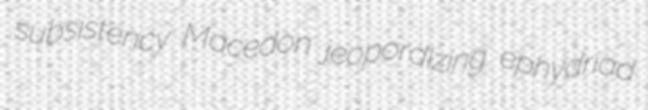
subsistency Macedon jeopordizing ephydriad